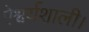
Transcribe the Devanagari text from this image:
ऐश्वर्यशाली।